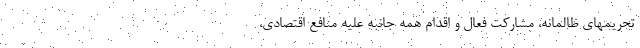
تحریمهای ظالمانه، مشارکت فعال و اقدام همه جانبه علیه منافع اقتصادی،